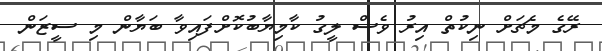
ރޭގެ މެޗަށް ނިކުތް އިރު ވެސް ލީގު ކާމިޔާބުކޮށްފައިވާ ބަޔާން މި ސީޒަން